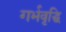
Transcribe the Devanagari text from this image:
गर्भवृद्धि